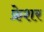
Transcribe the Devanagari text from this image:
फ्रेशर